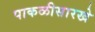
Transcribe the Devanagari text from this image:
पाकळीसारखे